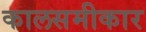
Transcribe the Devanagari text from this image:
कालसमीकार